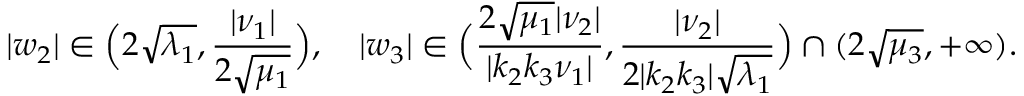
| w _ { 2 } | \in \Big ( 2 \sqrt { \lambda _ { 1 } } , \frac { | \nu _ { 1 } | } { 2 \sqrt { \mu _ { 1 } } } \Big ) , \quad | w _ { 3 } | \in \Big ( \frac { 2 \sqrt { \mu _ { 1 } } | \nu _ { 2 } | } { | k _ { 2 } k _ { 3 } \nu _ { 1 } | } , \frac { | \nu _ { 2 } | } { 2 | k _ { 2 } k _ { 3 } | \sqrt { \lambda _ { 1 } } } \Big ) \cap ( 2 \sqrt { \mu _ { 3 } } , + \infty ) .